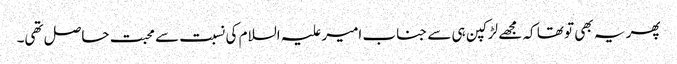
پھر یہ بھی تو تھا کہ مجھے لڑکپن ہی سے جناب امیر علیہ السلام کی نسبت سے محبت حاصل تھی۔